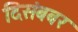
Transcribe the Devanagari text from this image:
दिसंबबर